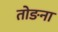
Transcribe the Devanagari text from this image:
तोङना